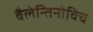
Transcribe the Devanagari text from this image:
वैलेन्तिनोविच